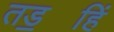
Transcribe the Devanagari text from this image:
तड॒हिं